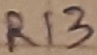
Text: R13